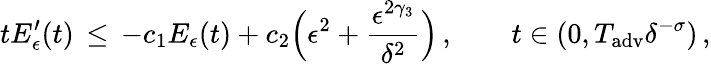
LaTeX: tE_{\epsilon}^{\prime}(t)\, \le\, -c_{1}E_{\epsilon}(t)+c_{2}\Bigl(\epsilon^{2}+\frac{\epsilon^{2\gamma_{3}}}{\delta^{2}}\Bigr)\, ,\qquad t\in(0,T_{\mathrm{adv}}\delta^{-\sigma})\, ,